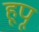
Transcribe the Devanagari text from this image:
हूपू